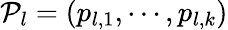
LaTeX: \mathcal{P}_{l}=(p_{l,1},\cdots,p_{l,k})